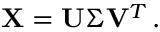
{ \bf X } = { \bf U } { \boldsymbol \Sigma } { \bf V } ^ { T } \, .